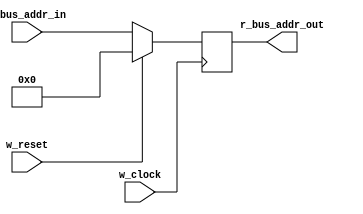
module m_pc_reg (r_bus_addr_out, w_bus_addr_in, w_clock, w_reset);
	input [7:0] w_bus_addr_in;				// 8 bit address bus input
	input w_clock, w_reset;					// clock and reset variables

	output reg [7:0] r_bus_addr_out;			// 8 bit address bus output

	always @ (posedge w_clock)				// on positive edge of clock pulse:
		if (w_reset) r_bus_addr_out <= 8'b0;		// reset to 0 synchronously
		else r_bus_addr_out <= w_bus_addr_in;		// output what is on the input
endmodule
module m_program_counter (w_bus_addr_pc_out, w_bus_jump_addr, w_channel, w_clock, w_reset);
	output [7:0] w_bus_addr_pc_out;
	input [7:0] w_bus_jump_addr;
	input w_channel, w_clock, w_reset;

	wire [7:0] w_bus_mux_out, w_bus_pc_plus1;

	m_pc_reg pc_reg (w_bus_addr_pc_out, w_bus_mux_out, w_clock, w_reset);
	m_8bit_plus1_adder add_pc (w_bus_pc_plus1, w_bus_addr_pc_out);
	m_2to1_8bit_mux pc_mux (w_bus_mux_out, w_bus_pc_plus1, w_bus_jump_addr, w_channel);
endmodule